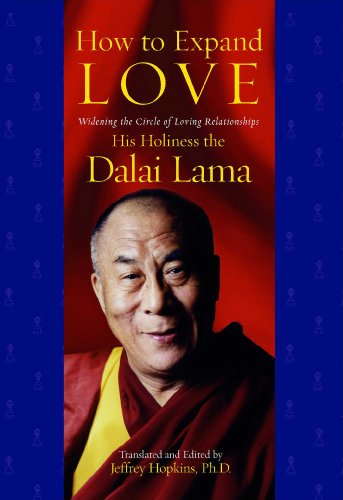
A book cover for How to Expand Love: Widening the Circle of Loving Relationships; His Holiness the Dalai Lama; Religion & Spirituality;